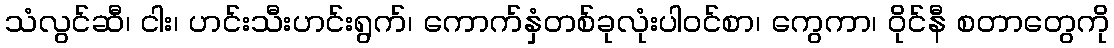
သံလွင်ဆီ၊ ငါး၊ ဟင်းသီးဟင်းရွက်၊ ကောက်နှံတစ်ခုလုံးပါဝင်စာ၊ ကွေကာ၊ ဝိုင်နီ စတာတွေကို